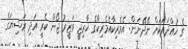
ގެ ހުއްދައަކަށް ނޭދޭނަން: އެމެރިކާއެމެރިކާގެ ޚާރިޖީ ވަޒީރު ޖޯން ކެރީ އަދި ރަޝިޔަގެ